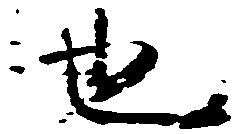
也